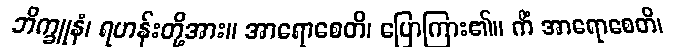
ဘိက္ခူနံ၊ ရဟန်းတို့အား။ အာရောစေတိ၊ ပြောကြား၏။ ကိံ အာရောစေတိ၊